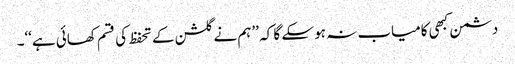
دشمن کبھی کامیاب نہ ہو سکے گا کہ ’’ہم نے گلشن کے تحفظ کی قسم کھائی ہے‘‘۔